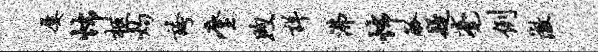
屡怖柩灼夸麈煦详沸怖觚疑毫例澈